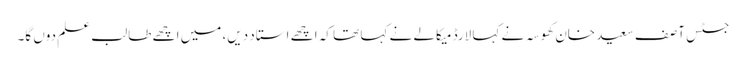
جسٹس آصف سعید خان کھوسہ نے کہا لارڈ میکالے نے کہا تھا کہ اچھے استاد دیں، میں اچھے طالب علم دوں گا۔